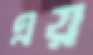
এয়